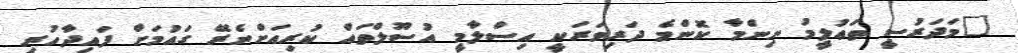
"މަދަރުސީ ތަޢުލީމު ނިންމާ ކޮންމެ ދަރިވަރަކީ އިސްލާމީ އުސޫލްތައް ކުރިއަށްނެރޭ ގައުމަށް ފައިދާހުރި